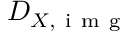
D _ { X , \mathrm { ~ i ~ m ~ g ~ } }